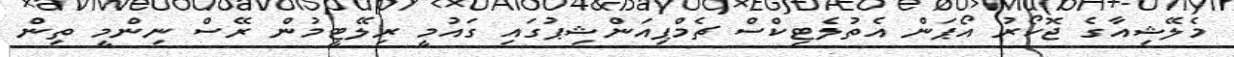
މެލޭޝިއާގެ ޖޮހޯރު އޯޕަން އެތުލެޓިކްސް ޗެމްޕިއަންޝިޕުގައި ގައުމީ ރިލޭޓީމުން ރޭސް ނިންމީ ތިން